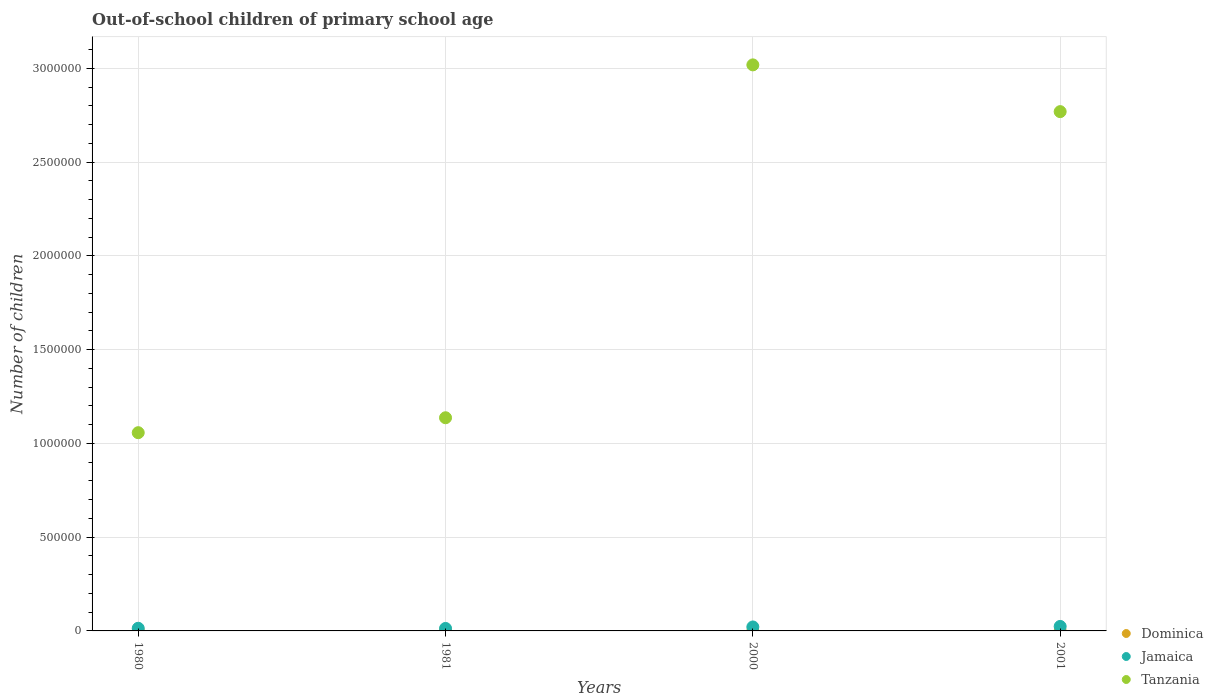
| Years | Dominica | Jamaica | Tanzania |
 | --- | --- | --- | --- |
 | 1980 | 2.12e+03 | 1.41e+04 | 1.06e+06 |
 | 1981 | 2.29e+03 | 1.32e+04 | 1.14e+06 |
 | 2000 | 155 | 2.11e+04 | 3.02e+06 |
 | 2001 | 274 | 2.4e+04 | 2.77e+06 |